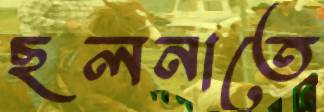
ছলনাতে